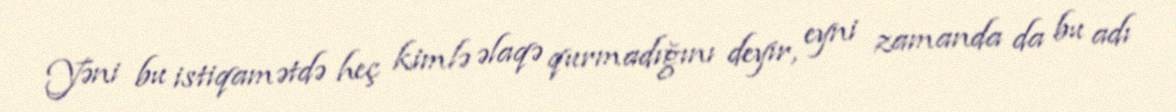
Yəni bu istiqamətdə heç kimlə əlaqə qurmadığını deyir, eyni zamanda da bu adı